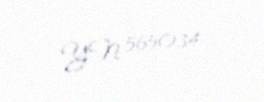
YN 565034